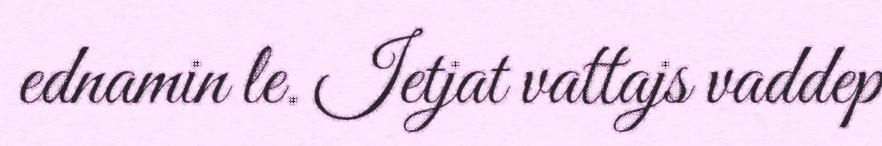
ednamin le. Ietjat vattajs vaddep